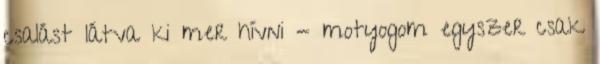
csalást látva ki mer hívni - motyogom egyszer csak